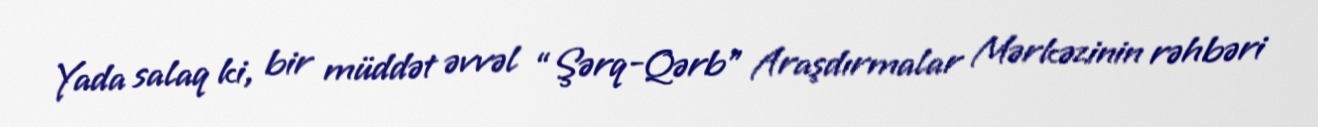
Yada salaq ki, bir müddət əvvəl “Şərq-Qərb” Araşdırmalar Mərkəzinin rəhbəri